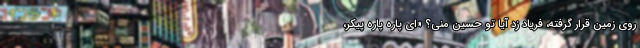
روی زمین قرار گرفته، فریاد زد آیا تو حسین منی؟ «ای پاره پاره پیکر،